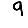
Digit: 9